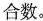
合数。